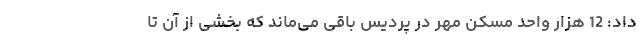
داد: 12 هزار واحد مسکن مهر در پردیس باقی می‌ماند که بخشی از آن تا